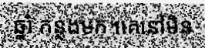
ឆ្នាំ កន្លងមក។គេនៅមិន